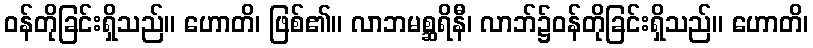
ဝန်တိုခြင်းရှိသည်။ ဟောတိ၊ ဖြစ်၏။ လာဘမစ္ဆရိနီ၊ လာဘ်၌ဝန်တိုခြင်းရှိသည်။ ဟောတိ၊